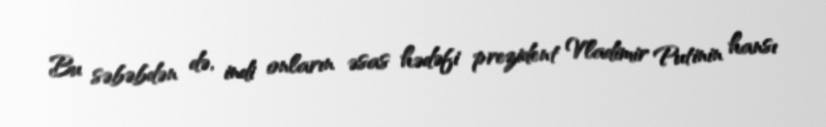
Bu səbəbdən də, indi onların əsas hədəfi prezident Vladimir Putinin hansı